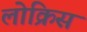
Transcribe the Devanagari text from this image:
लोक्रिस